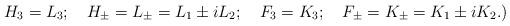
LaTeX: \begin{align*}H_3 = L_3;\quad H_{\pm} = L_{\pm} = L_1 \pm iL_2;\quad F_3 = K_3;\quad F_{\pm} = K_{\pm} = K_1 \pm iK_2.) \end{align*}